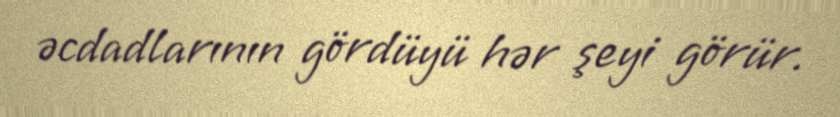
əcdadlarının gördüyü hər şeyi görür.